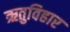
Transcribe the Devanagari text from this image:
ऋतुविहार